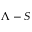
\Lambda - S